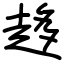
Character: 趍